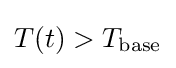
T(t)>T_{\mathrm {base} }